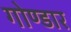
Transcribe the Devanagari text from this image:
गोण्डार